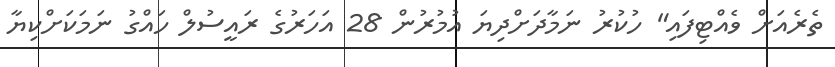
ތެރެއަށް ވެއްޓިފައި" ހުކުރު ނަމާދަށްދިޔަ އުމުރުން 28 އަހަރުގެ ރައީސުލް ހައްގު ނަމަކަށްކިޔާ